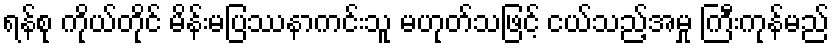
ရန်စု ကိုယ်တိုင် မိန်းမပြဿနာကင်းသူ မဟုတ်သဖြင့် ငယ်သည့်အမှု ကြီးကုန်မည်